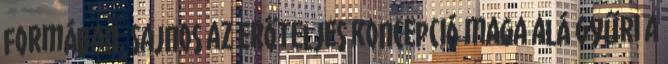
formában. Sajnos az erőteljes koncepció maga alá gyűri a